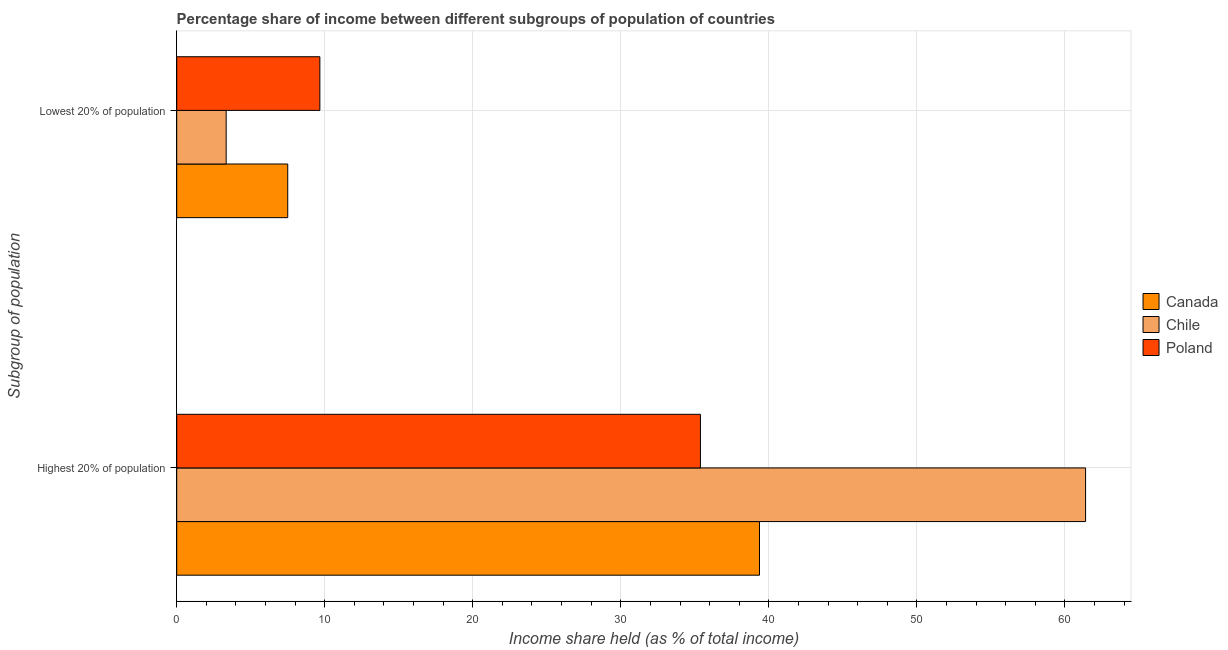
| Subgroup of population | Canada | Chile | Poland |
 | --- | --- | --- | --- |
 | Highest 20% of population | 39.4 | 61.4 | 35.4 |
 | Lowest 20% of population | 7.5 | 3.34 | 9.67 |